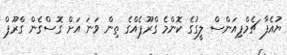
ޔުއެފާ ޗެމްޕިއަންސް ލީގުގެ ކޮންމެ ގްރޫޕެއްގެ ތިން ވަނަ އަށް ގޮސްގެން ގްރޫޕް